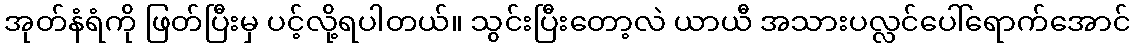
အုတ်နံရံကို ဖြတ်ပြီးမှ ပင့်လို့ရပါတယ်။ သွင်းပြီးတော့လဲ ယာယီ အသားပလ္လင်ပေါ်ရောက်အောင်